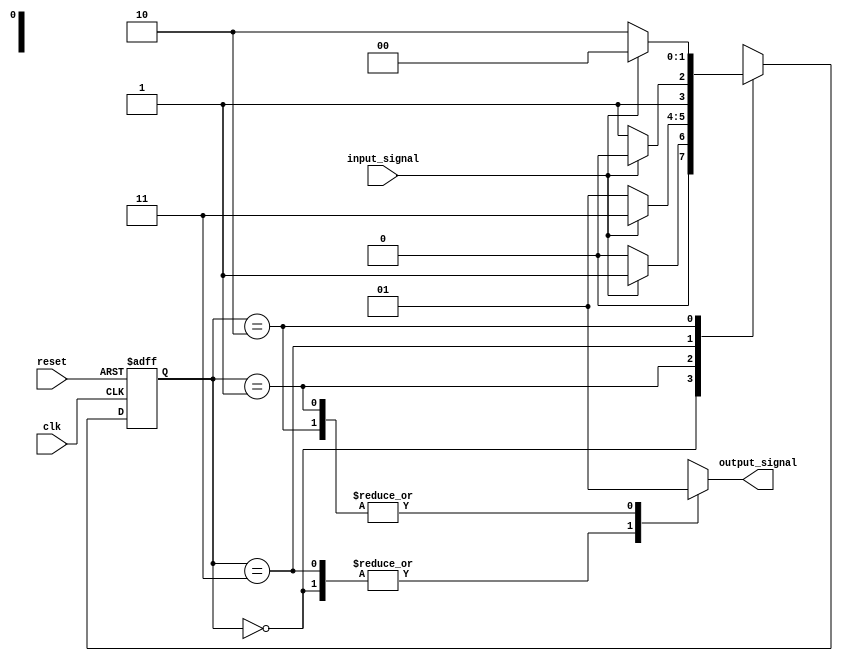
module gray_code_state_machine (
    input wire clk,
    input wire reset,
    input wire input_signal,
    output reg output_signal
);

parameter STATE_A = 2'b00;
parameter STATE_B = 2'b01;
parameter STATE_C = 2'b11;
parameter STATE_D = 2'b10;

reg [1:0] current_state, next_state;

always @(posedge clk or posedge reset) begin
    if (reset) begin
        current_state <= STATE_A;
    end else begin
        current_state <= next_state;
    end
end

always @* begin
    case(current_state)
        STATE_A: begin
            if (input_signal == 1'b1)
                next_state = STATE_B;
            else
                next_state = STATE_A;
        end
        STATE_B: begin
            if (input_signal == 1'b1)
                next_state = STATE_C;
            else
                next_state = STATE_B;
        end
        STATE_C: begin
            if (input_signal == 1'b1)
                next_state = STATE_D;
            else
                next_state = STATE_C;
        end
        STATE_D: begin
            if (input_signal == 1'b1)
                next_state = STATE_A;
            else
                next_state = STATE_D;
        end
    endcase
end

always @* begin
    case(current_state)
        STATE_A: output_signal = 1'b0;
        STATE_B: output_signal = 1'b1;
        STATE_C: output_signal = 1'b0;
        STATE_D: output_signal = 1'b1;
    endcase
end

endmodule